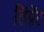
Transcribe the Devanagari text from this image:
लिंग्नेंट